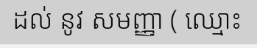
ដល់ នូវ សមញ្ញា ( ឈ្មោះ